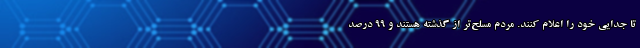
تا جدایی خود را اعلام کنند. مردم مسلح‌تر از گذشته هستند و 99 درصد